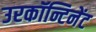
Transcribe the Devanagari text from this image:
उरकॉन्टिनेंट